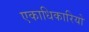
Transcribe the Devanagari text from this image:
एकाधिकारियो